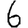
Digit: 6